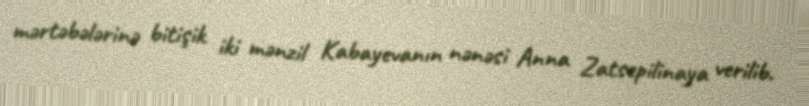
mərtəbələrinə bitişik iki mənzil Kabayevanın nənəsi Anna Zatsepilinaya verilib.